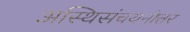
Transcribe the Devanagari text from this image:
अस्थिसंचयनोत्तर